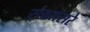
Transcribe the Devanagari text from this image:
संवतसरे